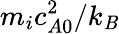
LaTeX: m_{i}c_{A0}^{2}/k_{\mathit{B}}